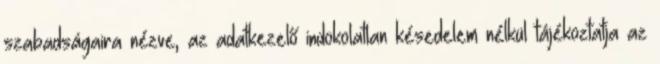
szabadságaira nézve, az adatkezelő indokolatlan késedelem nélkül tájékoztatja az